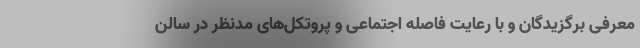
معرفی برگزیدگان و با رعایت فاصله اجتماعی و پروتکل‌های مدنظر در سالن